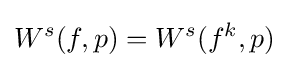
W^{s}(f,p)=W^{s}(f^{k},p)